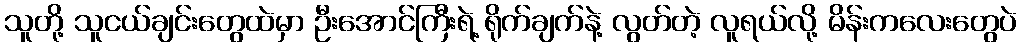
သူတို့ သူငယ်ချင်းတွေထဲမှာ ဦးအောင်ကြီးရဲ့ ရိုက်ချက်နဲ့ လွတ်တဲ့ လူရယ်လို့ မိန်းကလေးတွေပဲ